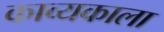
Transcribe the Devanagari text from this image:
काव्यकाला